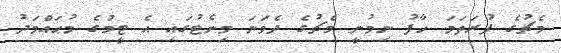
މެޗުގެ ފުރަތަމަ ހާފު ނިމުނީ މެޗުގެ ދެވަނަ މިނެޓުގައި އެ ޓީމުގެ މުޙައްމަދު